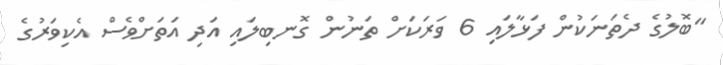
"ބޮލުގެ ދެތަނަކުން ފަޅާލައި 6 ވަރަކަށް ތަނުން ގޮނބިލައި އަދި އަތަށްވެސް އެކިވަރުގެ